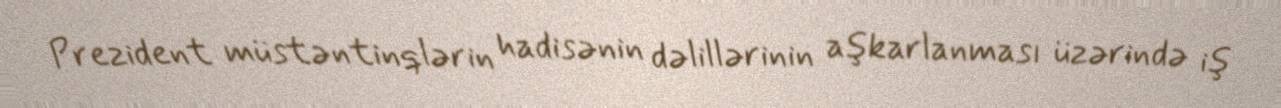
Prezident müstəntinqlərin hadisənin dəlillərinin aşkarlanması üzərində iş